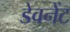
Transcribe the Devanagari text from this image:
डेवनेंट